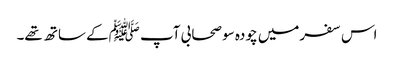
اس سفرمیں چودہ سو صحابی آپ ﷺکے ساتھ تھے۔